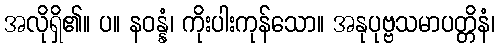
အလိုရှိ၏။ ပ။ နဝန္နံ၊ ကိုးပါးကုန်သော။ အနုပုဗ္ဗသမာပတ္တိနံ၊